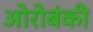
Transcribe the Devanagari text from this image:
ओरोबंकी